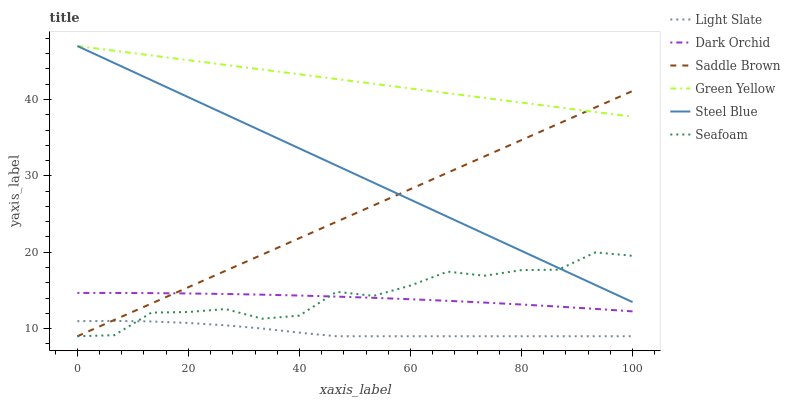
| xaxis_label | Light Slate | Dark Orchid | Saddle Brown | Green Yellow | Steel Blue | Seafoam |
 | --- | --- | --- | --- | --- | --- | --- |
 | 0 | 11 | 14.7 | 9 | 47 | 47 | 9 |
 | 6.67 | 11 | 14.7 | 11.1 | 46.4 | 44.8 | 9.14 |
 | 13.3 | 10.9 | 14.6 | 13.3 | 45.8 | 42.5 | 12.1 |
 | 20 | 10.7 | 14.6 | 15.4 | 45.1 | 40.3 | 12.2 |
 | 26.7 | 10.4 | 14.5 | 17.6 | 44.5 | 38.1 | 12.6 |
 | 33.3 | 10 | 14.4 | 19.7 | 43.9 | 35.8 | 11.3 |
 | 40 | 9.47 | 14.3 | 21.8 | 43.3 | 33.6 | 11.7 |
 | 46.7 | 9 | 14.2 | 24 | 42.7 | 31.4 | 14.8 |
 | 53.3 | 9 | 14 | 26.1 | 42.1 | 29.1 | 14.3 |
 | 60 | 9 | 13.8 | 28.3 | 41.4 | 26.9 | 15.6 |
 | 66.7 | 9 | 13.6 | 30.4 | 40.8 | 24.6 | 17.5 |
 | 73.3 | 9 | 13.4 | 32.5 | 40.2 | 22.4 | 16.9 |
 | 80 | 9 | 13.2 | 34.7 | 39.6 | 20.2 | 17.7 |
 | 86.7 | 9 | 12.9 | 36.8 | 39 | 17.9 | 17.7 |
 | 93.3 | 9 | 12.6 | 39 | 38.4 | 15.7 | 20 |
 | 100 | 9 | 12.3 | 41.1 | 37.7 | 13.5 | 19.5 |